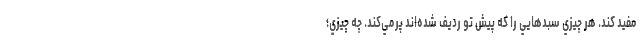
مفيد كند. هر چيزي سبدهايي را كه پيش تو رديف شده‌اند پرمي‌كند. چه چيزي؛